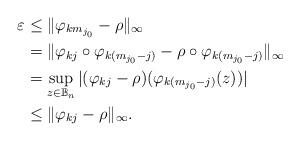
LaTeX: \begin{align*} \varepsilon &\leq \|\varphi_{km_{j_0}}-\rho\|_\infty\\ &=\|\varphi_{kj}\circ \varphi_{k(m_{j_0}-j)}-\rho\circ \varphi_{k(m_{j_0}-j)}\|_\infty\\&=\sup_{z\in \mathbb{B}_n}|(\varphi_{kj}-\rho)( \varphi_{k(m_{j_0}-j)}(z))|\\& \leq \|\varphi_{kj}-\rho\|_\infty. \end{align*}